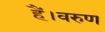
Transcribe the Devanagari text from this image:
हैं।वरुण